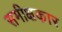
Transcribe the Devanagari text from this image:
समीक्षकार